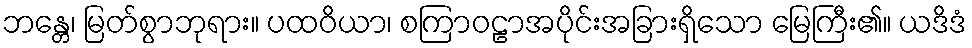
ဘန္တေ၊ မြတ်စွာဘုရား။ ပထဝိယာ၊ စကြာဝဠာအပိုင်းအခြားရှိသော မြေကြီး၏။ ယဒိဒံ